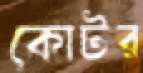
কোটর